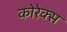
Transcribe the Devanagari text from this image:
कोरेक्स